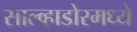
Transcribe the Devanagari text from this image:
साल्व्हाडोरमध्ये